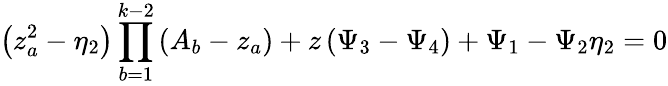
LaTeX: \left(z_{a}^{2}-\eta_{2}\right)\prod_{b=1}^{k-2}\left(A_{b}-z_{a}\right)+z\left(\Psi_{3}-\Psi_{4}\right)+\Psi_{1}-\Psi_{2}\eta_{2}=0